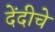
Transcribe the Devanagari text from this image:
देंदीचे